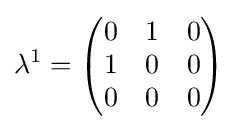
\lambda ^{1}={\begin{pmatrix}0&1&0\\1&0&0\\0&0&0\end{pmatrix}}